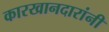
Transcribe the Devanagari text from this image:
कारखानदारांनी